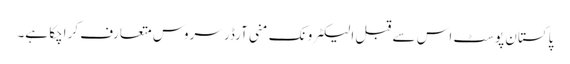
پاکستان پوسٹ اس سے قبل الیکٹرونک منی آرڈر سروس متعارف کراچکا ہے۔